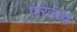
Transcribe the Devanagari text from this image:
पारतंत्र्य